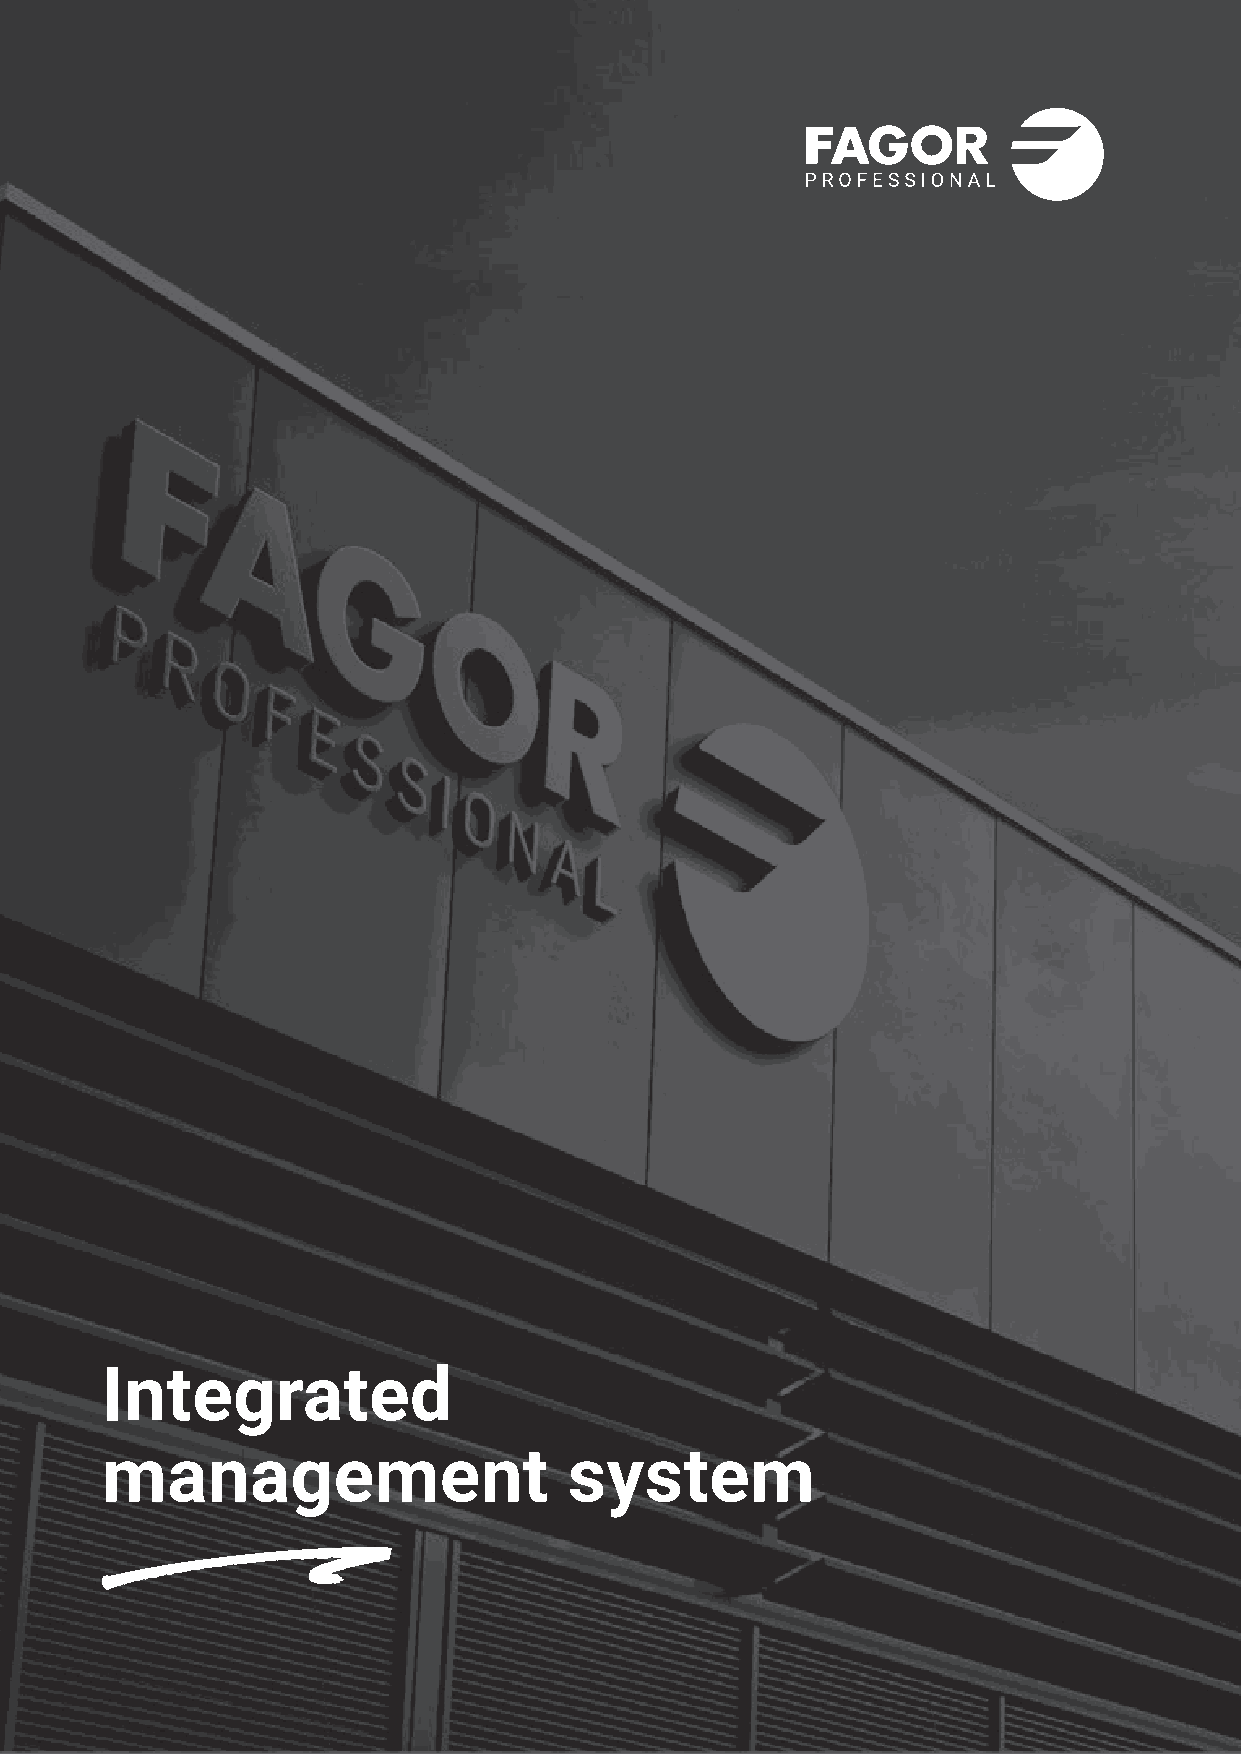
Integrated
 management                     system